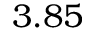
3 . 8 5